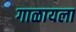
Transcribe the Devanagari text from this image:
गाळायला